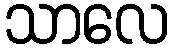
သာလေ